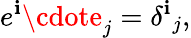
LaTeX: e^{\mathbf{i}}\cdote_{j}=\delta^{\mathbf{i}}{}_{j},